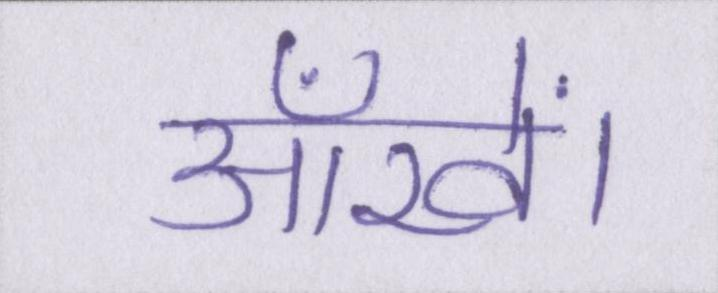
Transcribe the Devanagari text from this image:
आँखें।